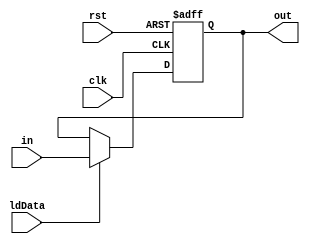
`timescale 1ns/1ns
module register(input[7:0] in, input clk, rst, ldData, output[7:0] out);
	reg [7:0] outData;
	assign out = outData;
	always@(posedge clk, posedge rst)begin
		if(rst) outData <= 8'b0;
		else
		begin
			if(ldData) outData <= in;
			else outData <= outData;
		end
	end
endmodule